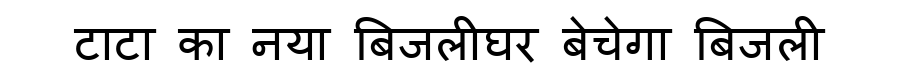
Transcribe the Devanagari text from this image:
टाटा का नया बिजलीघर बेचेगा बिजली